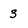
Character: 3